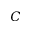
C